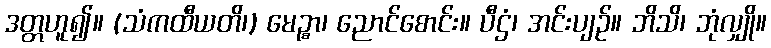
ဒတ္တဟူ၍။ (သံကထီယတိ၊) မေဉ္စာ၊ ညောင်စောင်း။ ပီဌံ၊ အင်းပျဉ်။ ဘိသိ၊ ဘုံလျှို။